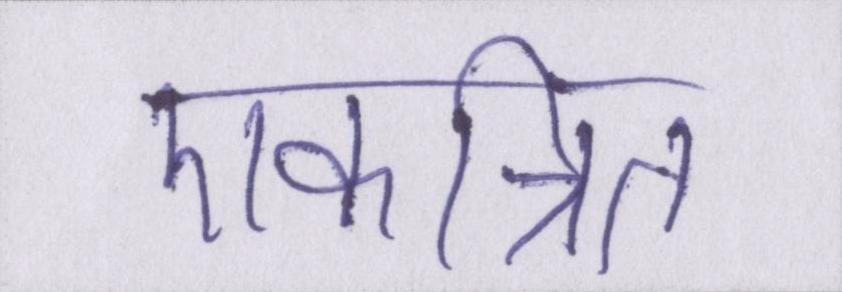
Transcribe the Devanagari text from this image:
एकत्रित